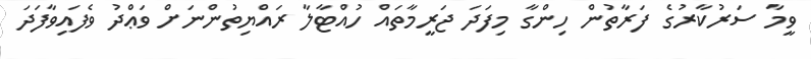
ވީމާ ސަރުކާރުގެ ފަރާތުން ހިންގާ މިފަދަ ޖަރީމާތައް ހުއްޓާލާ ރައްޔިތުންނަށް ވަޢްދު ވެފައިވާފަދަ